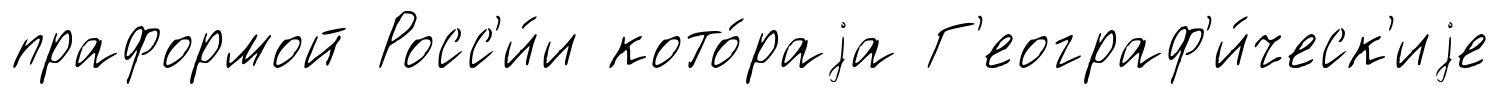
праформой Росс'и́и кото́раjа Г'еограф'и́ческ'иjе